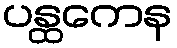
ပန္ထကေန